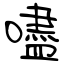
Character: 嚍